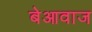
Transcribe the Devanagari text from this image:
बेआवाज